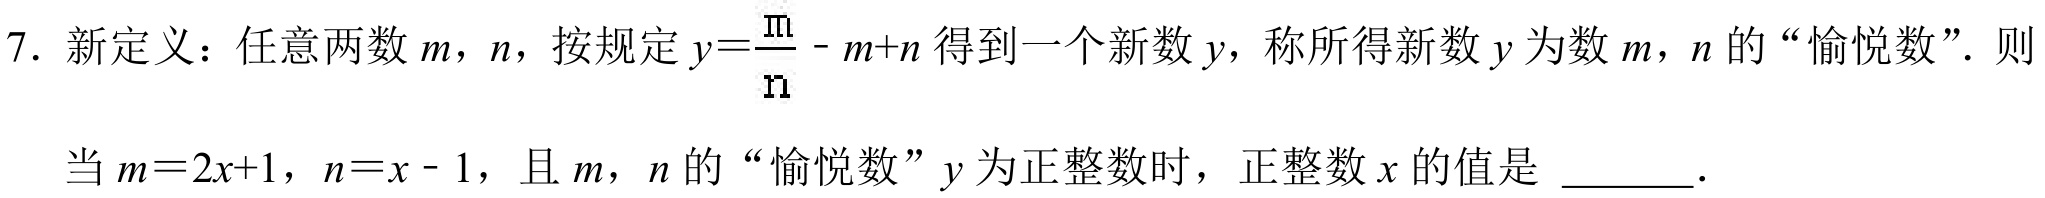
7. 新定义：任意两数\(m\)，\(n\)，按规定\(y = \frac{m}{n}-m + n\)得到一个新数\(y\)，称所得新数\(y\)为数\(m\)，\(n\)的“愉悦数”. 则
当\(m = 2x + 1\)，\(n = x - 1\)，且\(m\)，\(n\)的“愉悦数”\(y\)为正整数时，正整数\(x\)的值是 \_\_\_\_ .